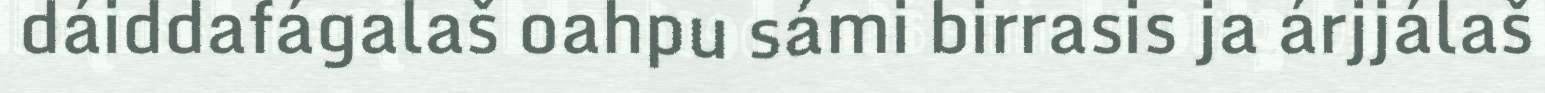
dáiddafágalaš oahpu sámi birrasis ja árjjálaš